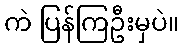
ကဲ ပြန်ကြဦးမှပဲ။